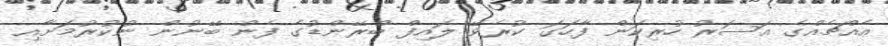
އެއްޗެއްގެ އަސަރު ހުރިކަން ފާހަގަ ކުރެވޭ ލައިފް ބްރޭންޑުގެ ފެން ބޭނުން ނުކުރުމަށާއި